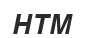
НТМ